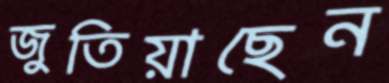
জুতিয়াছেন